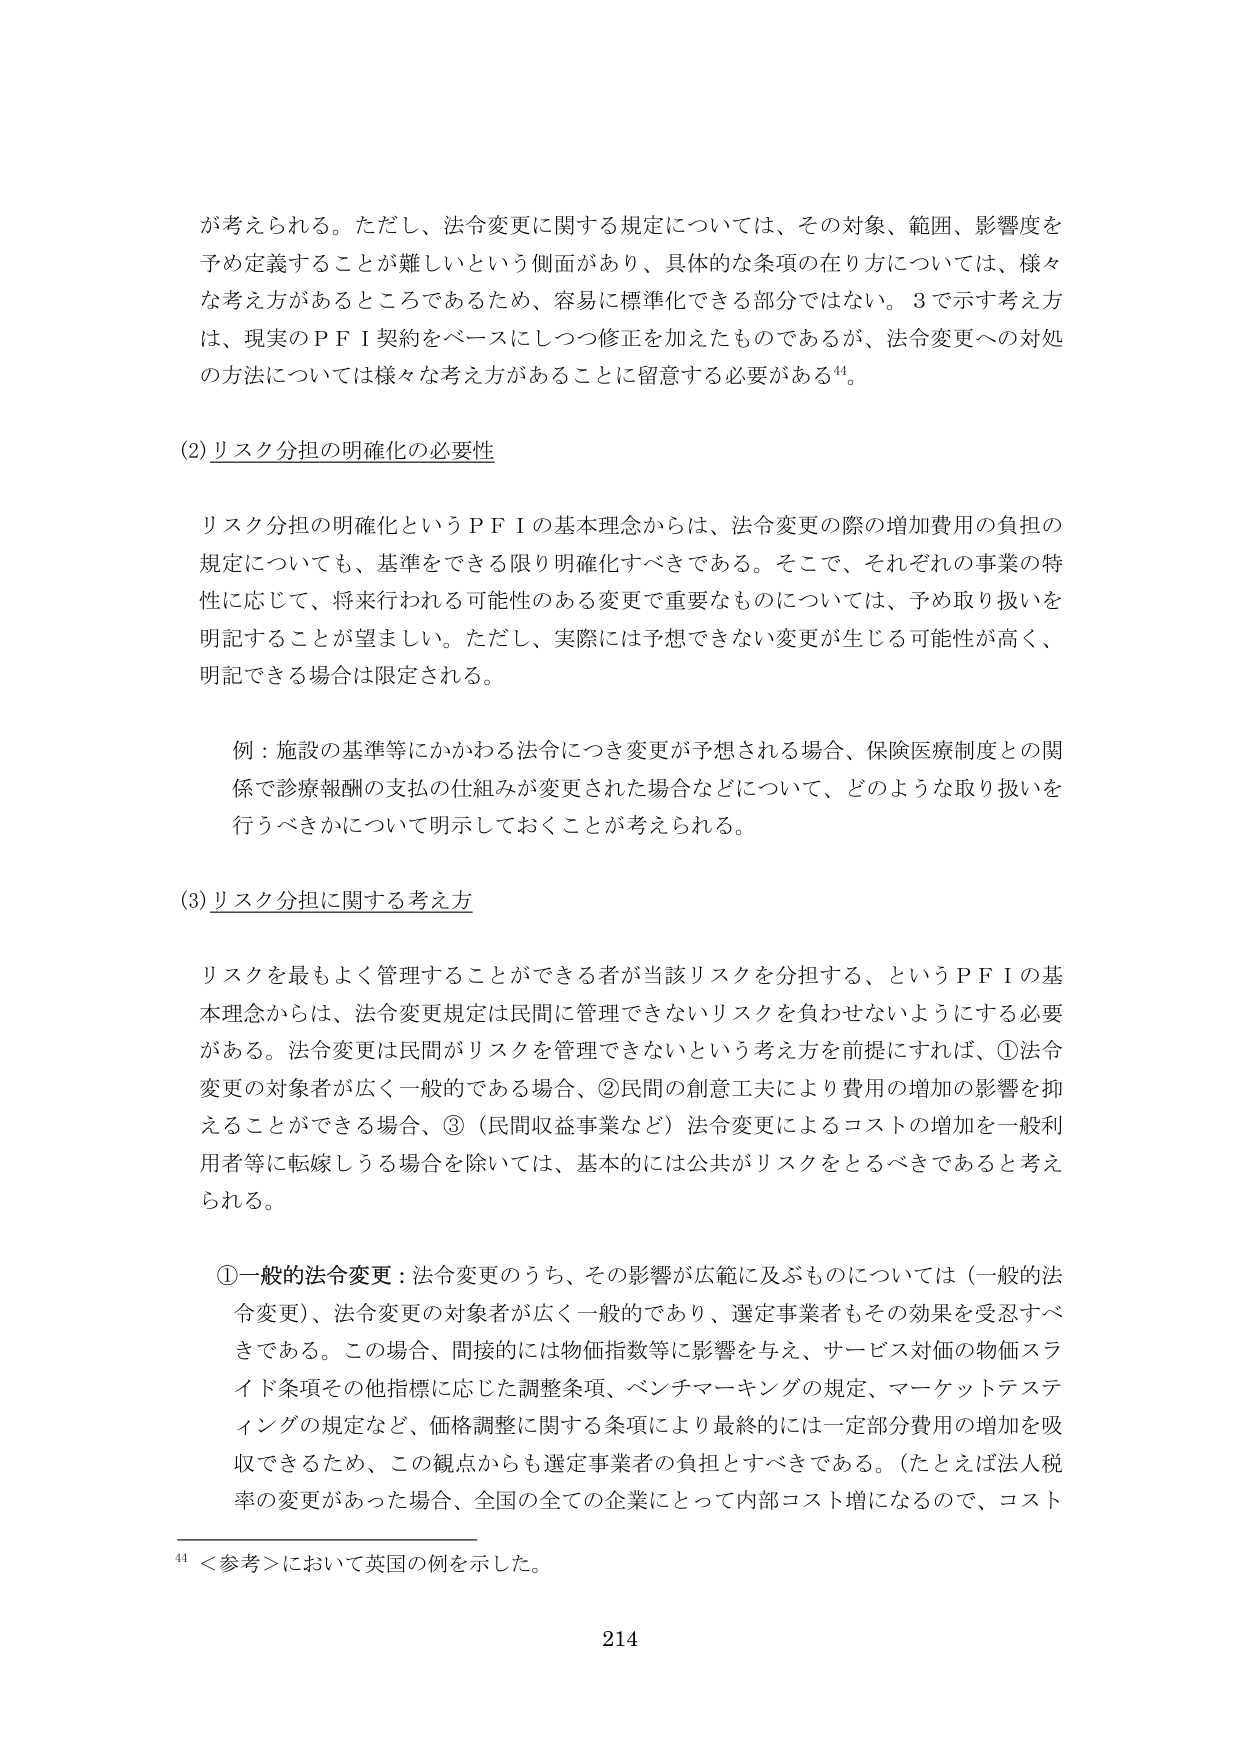
が考えられる。ただし、法令変更に関する規定については、その対象、範囲、影響度を予め定義することが難しいという側面があり、具体的な条項の在り方については、様々な考え方があるところであるため、容易に標準化できる部分ではない。3で示す考え方は、現実のＰＦＩ契約をベースにしつつ修正を加えたものであるが、法令変更への対処の方法については様々な考え方があることに留意する必要がある⁴⁴。

(2) リスク分担の明確化の必要性

リスク分担の明確化というＰＦＩの基本理念からは、法令変更の際の増加費用の負担の規定についても、基準をできる限り明確化すべきである。そこで、それぞれの事業の特性に応じて、将来行われる可能性のある変更で重要なものについては、予め取り扱いを明記することが望ましい。ただし、実際には予想できない変更が生じる可能性が高く、明記できる場合は限定される。

　例：施設の基準等にかかわる法令につき変更が予想される場合、保険医療制度との関係で診療報酬の支払の仕組みが変更された場合などについて、どのような取り扱いを行うべきかについて明示しておくことが考えられる。

(3) リスク分担に関する考え方

リスクを最もよく管理することができる者が当該リスクを分担する、というＰＦＩの基本理念からは、法令変更規定は民間に管理できないリスクを負わせないようにする必要がある。法令変更は民間がリスクを管理できないという考え方を前提にすれば、①法令変更の対象者が広く一般的である場合、②民間の創意工夫により費用の増加の影響を抑えることができる場合、③（民間収益事業など）法令変更によるコストの増加を一般利用者等に転嫁しうる場合を除いては、基本的には公共がリスクをとるべきであると考えられる。

①一般的法令変更：法令変更のうち、その影響が広範に及ぶものについては（一般的法令変更）、法令変更の対象者が広く一般的であり、選定事業者もその効果を受忍すべきである。この場合、間接的には物価指数等に影響を与え、サービス対価の物価スライド条項その他指標に応じた調整条項、ベンチマーキングの規定、マーケットテスティングの規定など、価格調整に関する条項により最終的には一定部分費用の増加を吸収できるため、この観点からも選定事業者の負担とすべきである。（たとえば法人税率の変更があった場合、全国の全ての企業にとって内部コスト増になるので、コスト

⁴⁴ ＜参考＞において英国の例を示した。

214